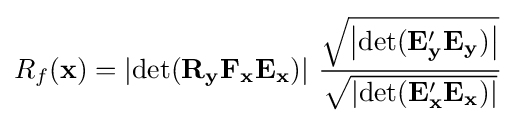
R_{f}(\mathbf {x} )=\left|\operatorname {det} (\mathbf {R_{y}F_{x}E_{x}} )\right|\,{\frac {\sqrt {\left|\operatorname {det} (\mathbf {E} _{\mathbf {y} }'\mathbf {E_{y}} )\right|}}{\sqrt {\left|\operatorname {det} (\mathbf {E} _{\mathbf {x} }'\mathbf {E_{x}} )\right|}}}